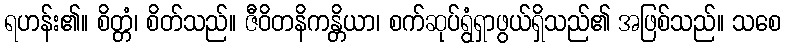
ရဟန်း၏။ စိတ္တံ၊ စိတ်သည်။ ဇီဝိတနိကန္တိယာ၊ စက်ဆုပ်ရွံရှာဖွယ်ရှိသည်၏ အဖြစ်သည်။ သစေ